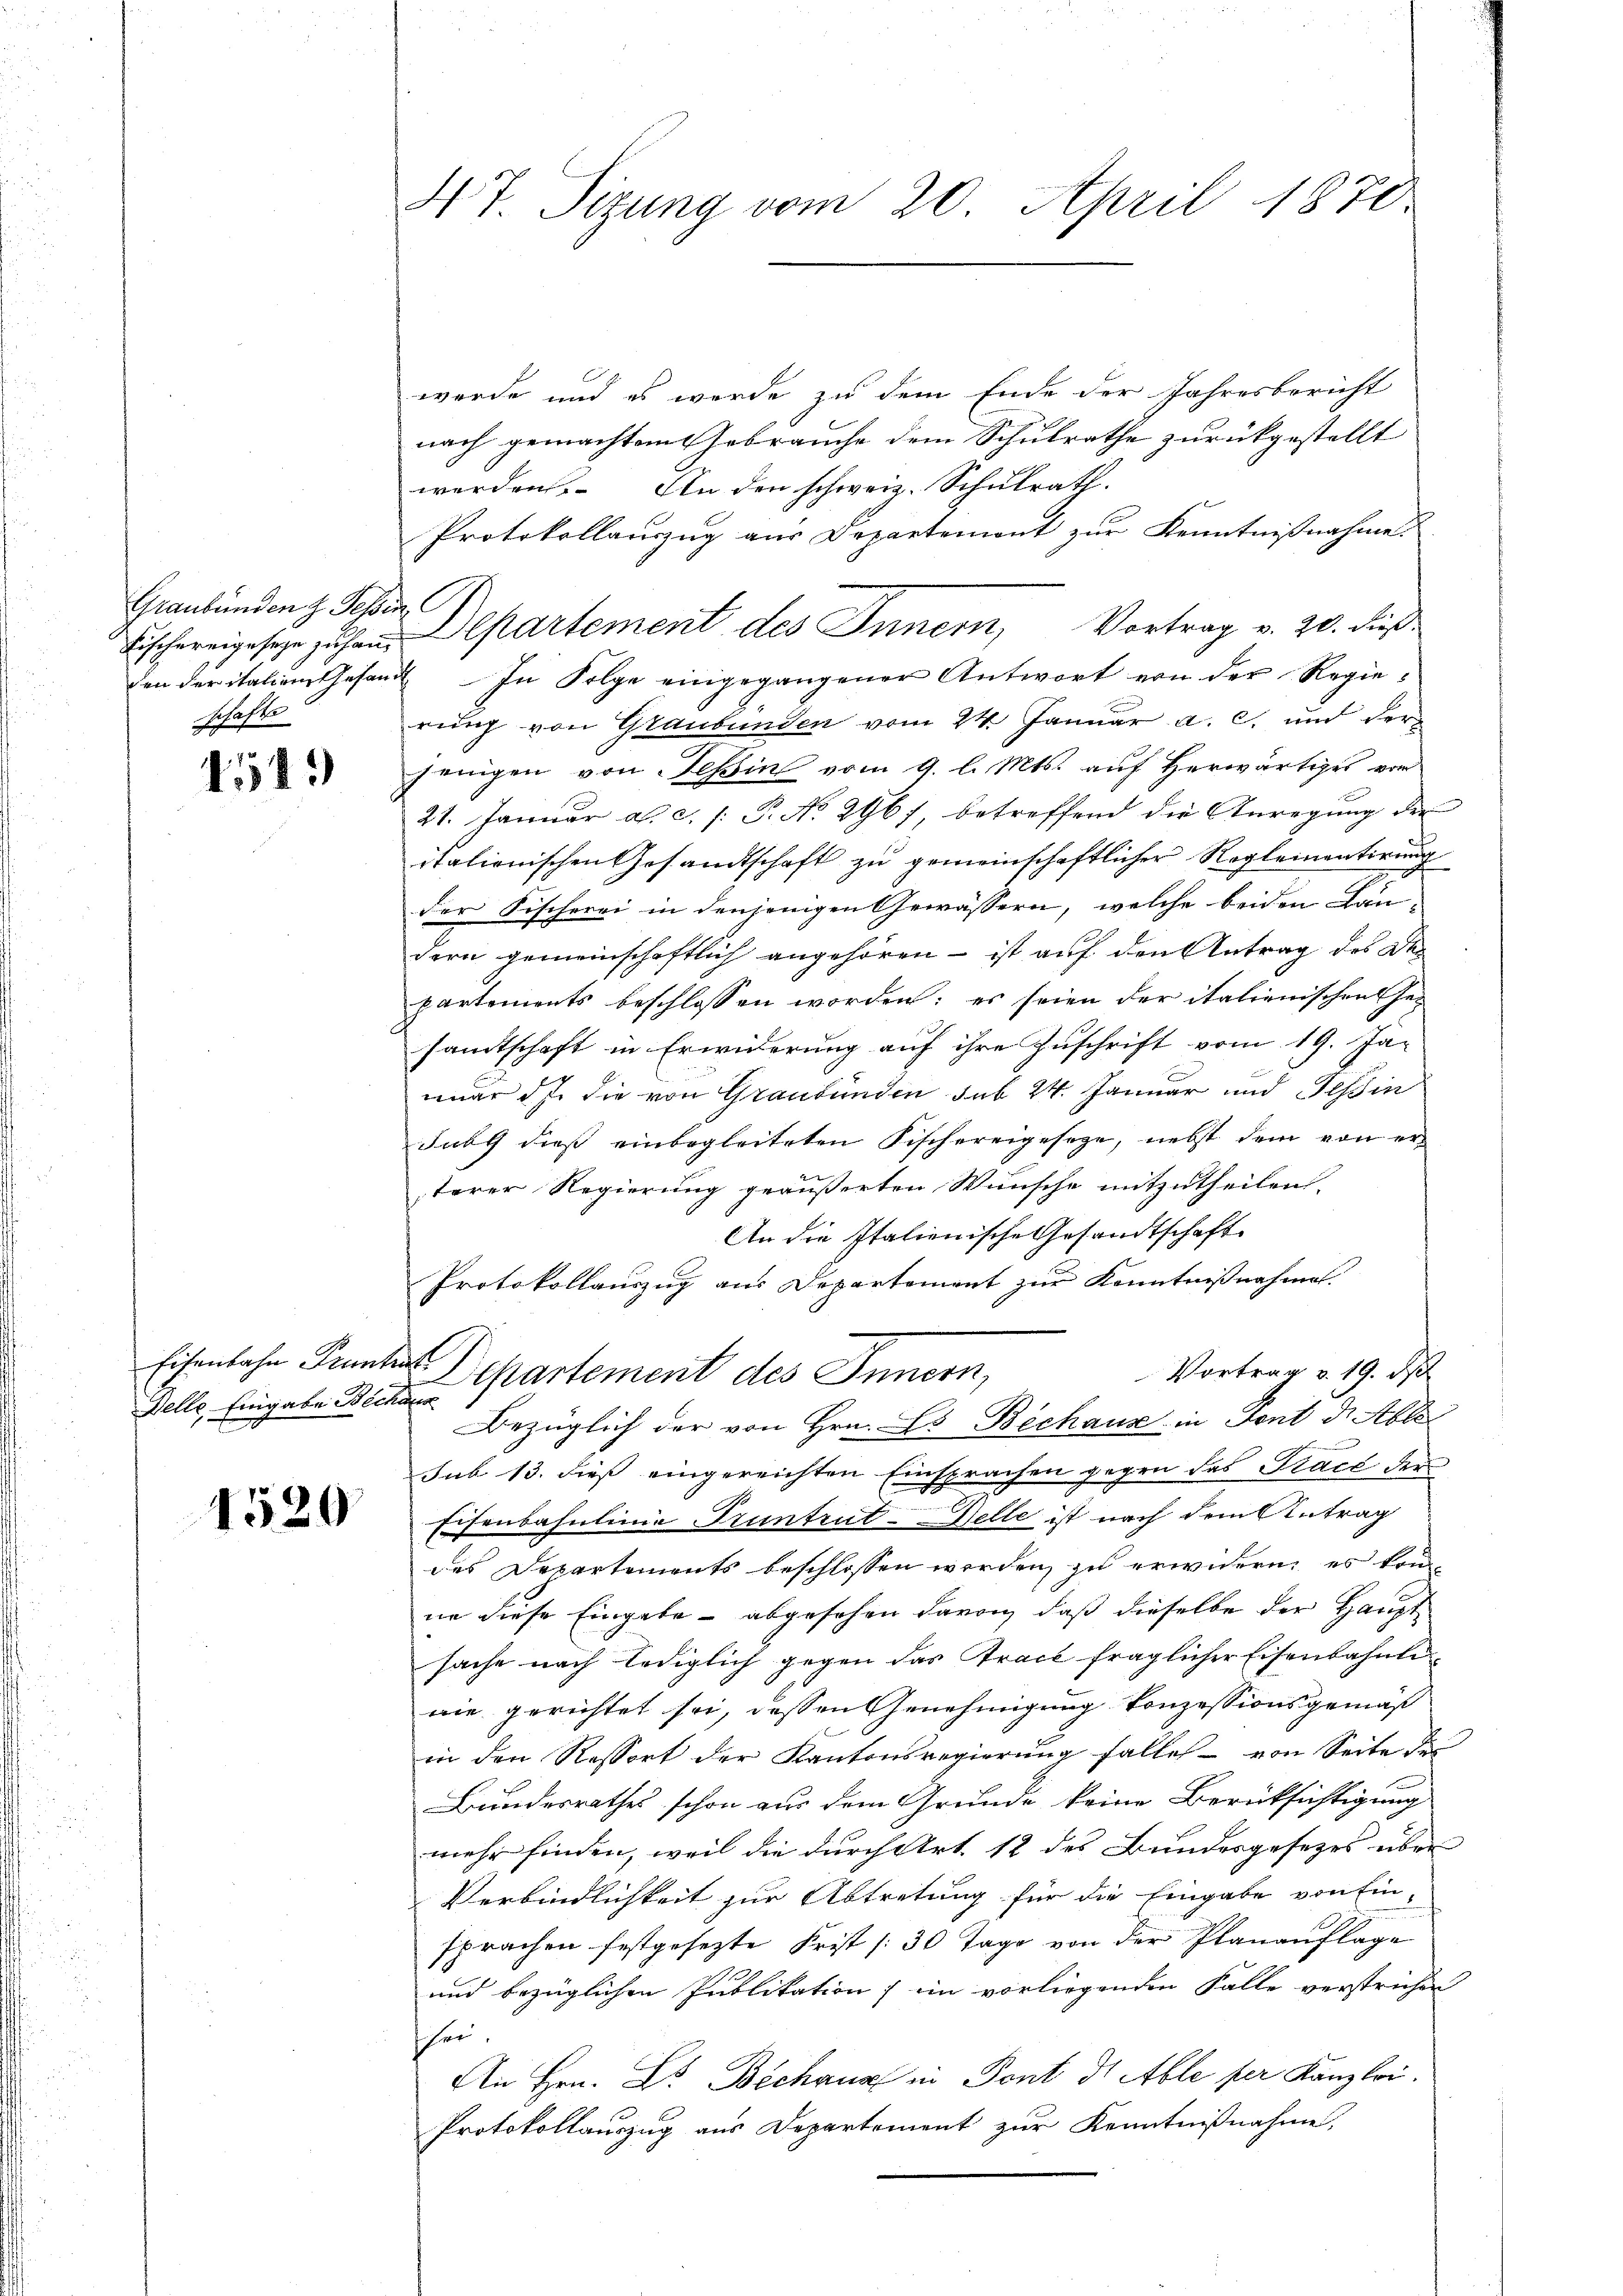
Graubünden z. Tessin
schafts

4513

Delle Eingabe Bechans

1520

47. Sizung vom 20. April 1870

werde und es werde zu dem Ende der Jahresbericht
nach gemachtem Gebrauche dem Schulrathe zurückgestellt
werden. An den schweiz. Schulrath.
Protokollauszug aus Departemont zur Kenntnißnahme
den der italien Gesandt In Folge eingegangener Antwort von der Regierung von Graubünden vom 24. Januar a. c. und der
jenigen von Tessin vom 9. l. Mts. auf Herwärtiges vom
21. Januar a. c. /: P. No 296 f, betreffend die Anregung der
itationischen Gesandtschaft zu gemeinschaftlicher Regleinentirung
der Fischerei in denjenigen Gewässern, welche beiden Län
dern gemeinschaftlich angehören – ist auf den Antrag des Departements beschlossen worden; es seien der italienischen Gesamtschaft in Erwiederung auf ihre Zuschrift vom 19. Jan.
nuar ds die von Graubünden sub 24. Januar und Tessin
Jubg dieß einbegleiteten Fischereigesetze, nebst dem von erterer Regierung geäußerten Wunsche mitzutheilen.
An die Italienische Gesandtschaft
Protokollauszug aus Departement zur Kenntnißnahmen.
Eisenbahn Franken Departement des Innern,
Vortrag v. 19. d
Bezüglich der von Hrn. Es Bechaus in Font die Able
sub 13. dieß eingereichten Einsprachen gegen das Trace der
Eisenbahnlinie Truntrut-Delle ist nach dem Antrag
des Departements beschlossen werden, zu erwidern, es könne diese Eingabe - abgesehen davon, daß dieselbe der Hauptsache nach lediglich gegen das Trace fraglicher Eisenbahnlinie gerichtet sei, dessen Genehmigung konzessionsgemäß
in den Ressort der Kantonsregierŭng falles von Seite de
Bundesrathes schon aus dem Grunde keine Berücksichtigung
mehr finden, weil die durch Art. 12 des Bundesgesezes über
Verbindlichkeit zur Abtretung für die Eingabe von Ein-
sprachen festgesezte Frist (30 Tage von der Planauflage
und bezüglichen Publikation ; im vorliegenden Falle verstrichen
sei.
An Hrn. Dr. Bechanz in Pont ds Able per Kanzlei.
Protokollauszug aus Departement zur Kenntnißnahme,

Fischereigeseze zu han Departement des Inner, Vortrag v. 20. dieß